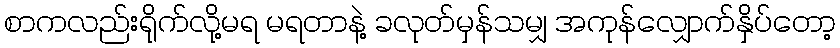
စာကလည်းရိုက်လို့မရ မရတာနဲ့ ခလုတ်မှန်သမျှ အကုန်လျှောက်နှိပ်တော့